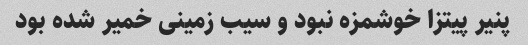
پنیر پیتزا خوشمزه نبود و سیب زمینی خمیر شده بود